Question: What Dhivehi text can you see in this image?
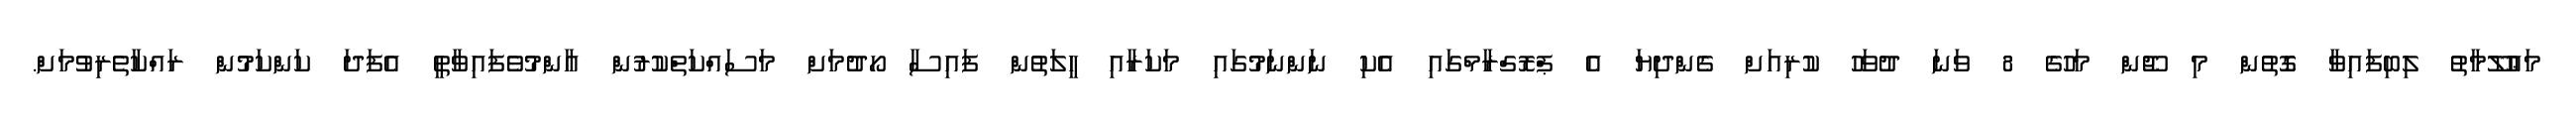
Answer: މަޢުލޫމާތު ލިބިފައިވާ ގޮތުން މި ޖޫން މަހުގެ 8 ވަނަ ދުވަހު ކުރިއަށް ގެންދިޔަ އެ ޕްރޮގްރާމްގައި އެކި ނަންނަމުގައި މަކަރާއި ހީލަތުން ފައިސާ ހޯދުމަށް މަސައްކަތްކުރުން އާންމުވެފައިވާތީ އެފަދަ ކަންކަމުން ރައްކާތެރިވުމަށް.